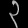
Digit: ၃